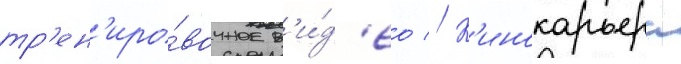
тр'ен'иро́вочное в'и́д'ео // К'инокарьера